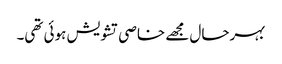
بہرحال مجھے خاصی تشویش ہوئی تھی۔